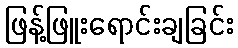
ဖြန့်ဖြူးရောင်းချခြင်း